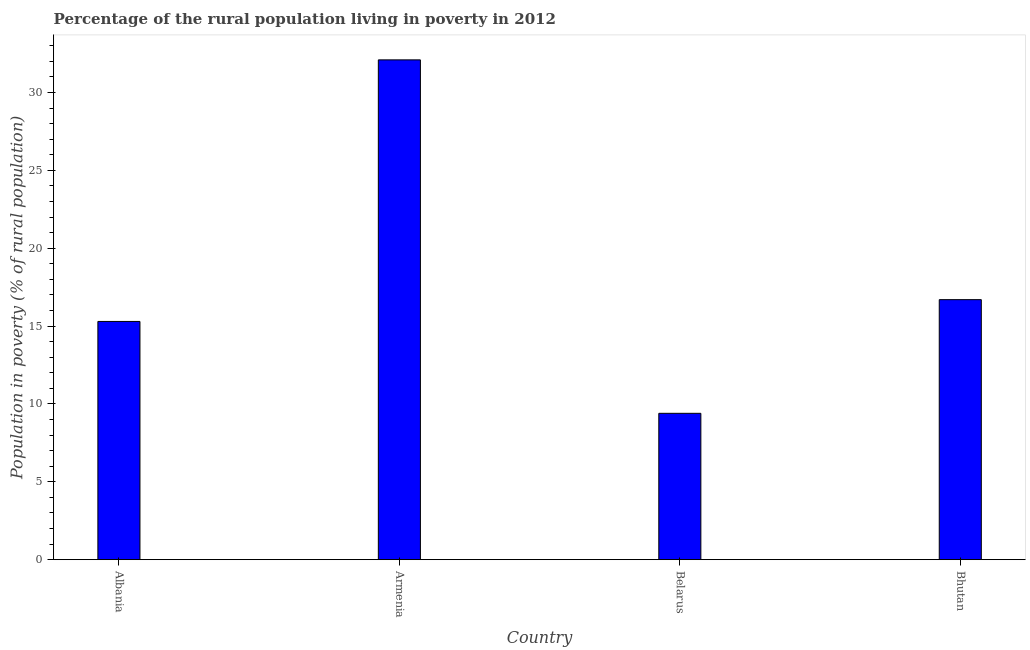
| Country | Rural poverty headcount ratio |
 | --- | --- |
 | Albania | 15.3 |
 | Armenia | 32.1 |
 | Belarus | 9.4 |
 | Bhutan | 16.7 |